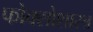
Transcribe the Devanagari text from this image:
फोक्सोशास्त्र